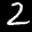
Label: 2